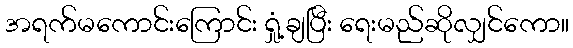
အရက်မကောင်းကြောင်း ရှုံ့ချပြီး ရေးမည်ဆိုလျှင်ကော။